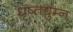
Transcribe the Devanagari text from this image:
धृष्तद्युम्न